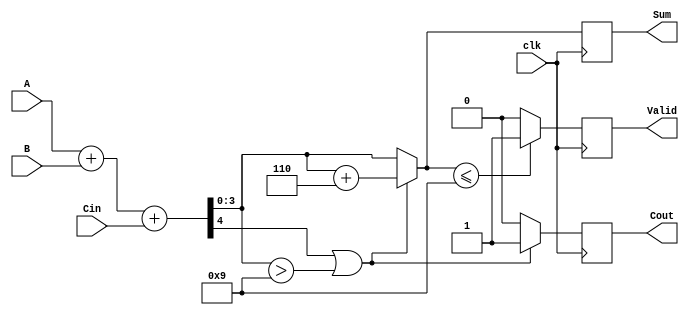
module BCD_Synchronous_Adder (
    input wire [3:0] A,        // First BCD digit
    input wire [3:0] B,        // Second BCD digit
    input wire Cin,            // Carry input
    input wire clk,            // Clock signal
    output reg [3:0] Sum,      // Resulting BCD digit
    output reg Cout,           // Carry output
    output reg Valid           // Valid signal
);

    reg [4:0] Temp_Sum;         // Temporary sum (5 bits for carry)
    
    always @(posedge clk) begin
        // Step 1: Perform binary addition
        Temp_Sum = A + B + Cin;   // 5-bit sum
        
        // Step 2: Check for BCD correction
        if (Temp_Sum[4] || (Temp_Sum[3:0] > 4'd9)) begin
            // Apply BCD correction
            Sum = Temp_Sum[3:0] + 4'd6; // Add 6 for correction
            Cout = 1;                    // Set carry out
        end else begin
            Sum = Temp_Sum[3:0];       // No correction needed
            Cout = 0;                   // Clear carry out
        end
        
        // Step 3: Determine Valid signal
        if (Sum <= 4'd9) begin
            Valid = 1;                 // Output is valid BCD
        end else begin
            Valid = 0;                 // Output is NOT valid BCD
        end
    end 

endmodule